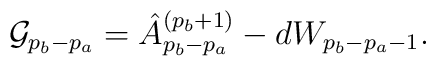
{\cal G}_{p_b-p_a}=\hat A^{(p_b+1)}_{p_b-p_a}-dW_{p_b-p_a-1}.